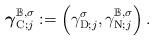
LaTeX: \begin{align*}\mbox{\boldmath$ \gamma$}_{\operatorname*{C};j}^{\mathbb{B},\sigma}:=\left( \gamma_{\operatorname*{D};j}^{\sigma},\gamma_{\operatorname*{N};j}^{\mathbb{B},\sigma}\right) .\end{align*}